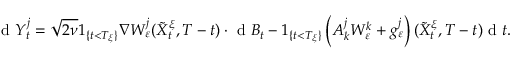
\textrm { d } Y _ { t } ^ { j } = \sqrt { 2 \nu } 1 _ { \{ t < T _ { \xi } \} } \nabla W _ { \varepsilon } ^ { j } ( \tilde { X } _ { t } ^ { \xi } , T - t ) \cdot \textrm { d } B _ { t } - 1 _ { \{ t < T _ { \xi } \} } \left( A _ { k } ^ { j } W _ { \varepsilon } ^ { k } + g _ { \varepsilon } ^ { j } \right) ( \tilde { X } _ { t } ^ { \xi } , T - t ) \textrm { d } t .